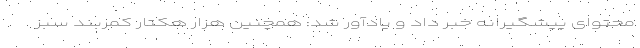
محتوای پیشگیرانه خبر داد و یادآور شد: همچنین هزار هکتار کمربند سبز